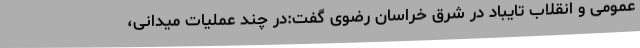
عمومی و انقلاب تایباد در شرق خراسان رضوی گفت:در چند عملیات میدانی،